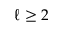
\ell \geq 2